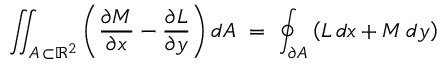
\iint _ { A \, \subset \mathbb { R } ^ { 2 } } \left( { \frac { \partial M } { \partial x } } - { \frac { \partial L } { \partial y } } \right) d A \ = \ \oint _ { \partial A } \left( L \, d x + M \, d y \right)